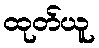
ထုတ်ယူ